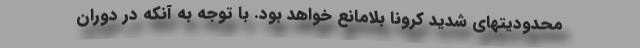
محدودیتهای شدید کرونا بلامانع خواهد بود. با توجه به آنکه در دوران